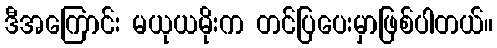
ဒီအကြောင်း မယုယမိုးက တင်ပြပေးမှာဖြစ်ပါတယ်။